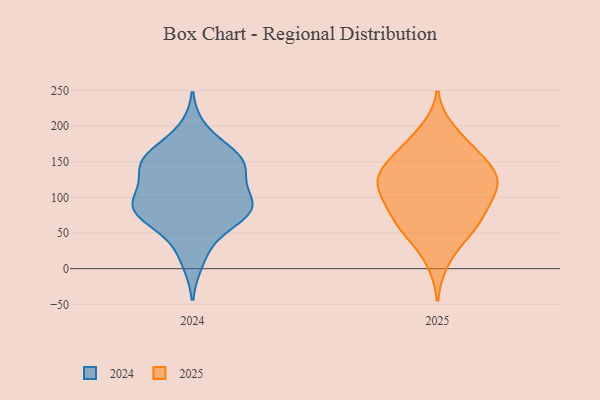
{"axis": {"x": "Population (Million)", "y": "Value"}, "legend": ["2024", "2025"], "data": [{"x": "", "y": 83, "type": "2024"}, {"x": "", "y": 150, "type": "2024"}, {"x": "", "y": 38, "type": "2024"}, {"x": "", "y": 85, "type": "2024"}, {"x": "", "y": 152, "type": "2024"}, {"x": "", "y": 154, "type": "2024"}, {"x": "", "y": 87, "type": "2024"}, {"x": "", "y": 94, "type": "2024"}, {"x": "", "y": 81, "type": "2024"}, {"x": "", "y": 193, "type": "2024"}, {"x": "", "y": 77, "type": "2024"}, {"x": "", "y": 162, "type": "2024"}, {"x": "", "y": 11, "type": "2024"}, {"x": "", "y": 110, "type": "2024"}, {"x": "", "y": 142, "type": "2024"}, {"x": "", "y": 91, "type": "2024"}, {"x": "", "y": 70, "type": "2024"}, {"x": "", "y": 142, "type": "2024"}, {"x": "", "y": 141, "type": "2024"}, {"x": "", "y": 100, "type": "2025"}, {"x": "", "y": 81, "type": "2025"}, {"x": "", "y": 125, "type": "2025"}, {"x": "", "y": 136, "type": "2025"}, {"x": "", "y": 117, "type": "2025"}, {"x": "", "y": 113, "type": "2025"}, {"x": "", "y": 81, "type": "2025"}, {"x": "", "y": 121, "type": "2025"}, {"x": "", "y": 65, "type": "2025"}, {"x": "", "y": 109, "type": "2025"}, {"x": "", "y": 180, "type": "2025"}, {"x": "", "y": 154, "type": "2025"}, {"x": "", "y": 138, "type": "2025"}, {"x": "", "y": 63, "type": "2025"}, {"x": "", "y": 45, "type": "2025"}, {"x": "", "y": 193, "type": "2025"}, {"x": "", "y": 53, "type": "2025"}, {"x": "", "y": 147, "type": "2025"}, {"x": "", "y": 11, "type": "2025"}, {"x": "", "y": 165, "type": "2025"}]}